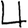
Digit: 4